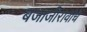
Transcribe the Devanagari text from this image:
बजाजीरावांचे